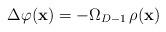
LaTeX: \begin{align*}\Delta\varphi ({\bf x})=-\Omega_{D-1}\,\rho({\bf x}) \end{align*}